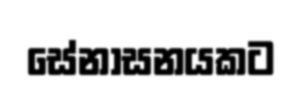
සේනාසනයකට